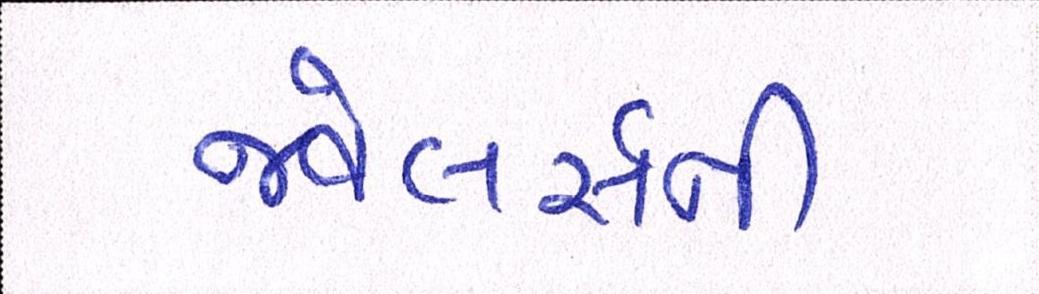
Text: જ્વેલર્સની